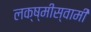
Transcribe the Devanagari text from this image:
लक्ष्मीस्वामी